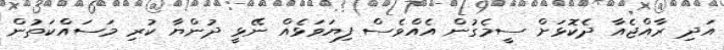
އަދި ރާއްޖެއާ ދެކޮޅަށް ސީމެގުން އެއްވެސް ފިޔަވަޅެއް ނޭޅީ ދުންޔާ ކުރި މަސައްކަތުން